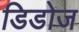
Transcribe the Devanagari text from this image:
डिडोज